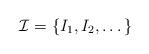
LaTeX: \begin{align*}\mathcal{I} = \{I_1,I_2,\dots \}\end{align*}